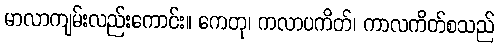
မာလာကျမ်းလည်းကောင်း။ ကေတု၊ ကလာပကိတ်၊ ကာလကိတ်စသည်